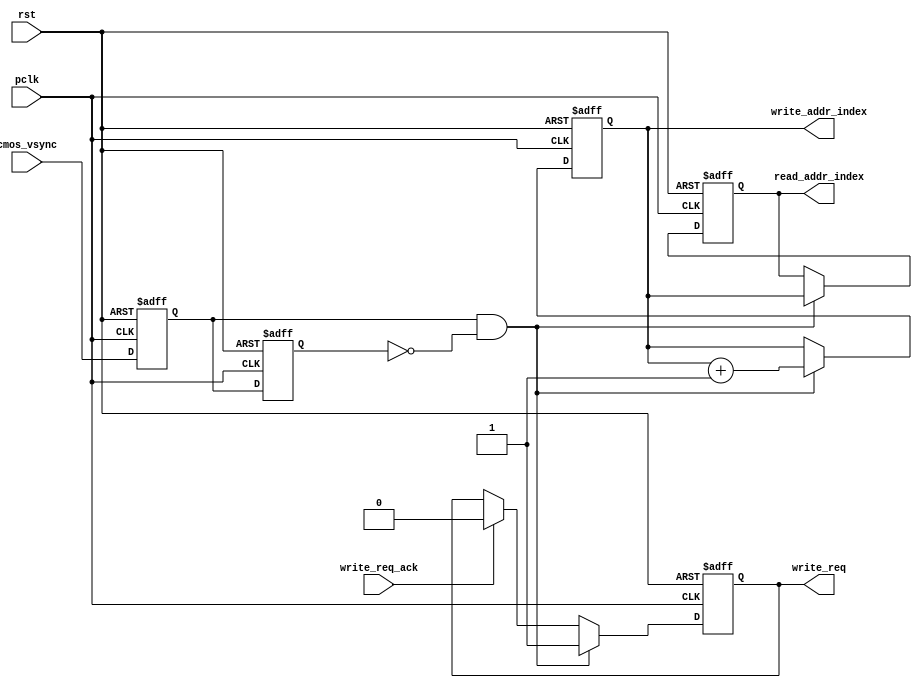
//////////////////////////////////////////////////////////////////////////////////
//                                                                              //
//                                                                              //
//          msq@qq.com                                                          //
//          ALINX(shanghai) Technology Co.,Ltd                                  //
//          heijin                                                              //
//     WEB: http://www.alinx.cn/                                                //
//     BBS: http://www.heijin.org/                                              //
//                                                                              //
//////////////////////////////////////////////////////////////////////////////////
//                                                                              //
// Copyright (c) 2017,ALINX(shanghai) Technology Co.,Ltd                        //
//                    All rights reserved                                       //
//                                                                              //
// This source file may be used and distributed without restriction provided    //
// that this copyright statement is not removed from the file and that any      //
// derivative work contains the original copyright notice and the associated    //
// disclaimer.                                                                  //
//                                                                              //
//////////////////////////////////////////////////////////////////////////////////

//================================================================================
//  Revision History:
//  Date          By            Revision    Change Description
//--------------------------------------------------------------------------------
//  2017/7/19     meisq          1.0         Original
//*******************************************************************************/

module cmos_write_req_gen(
	input              rst,
	input              pclk,
	input              cmos_vsync,
	output reg         write_req,
	output reg[1:0]    write_addr_index,
	output reg[1:0]    read_addr_index,
	input              write_req_ack
);
reg cmos_vsync_d0;
reg cmos_vsync_d1;
always@(posedge pclk or posedge rst)
begin
	if(rst == 1'b1)
	begin
		cmos_vsync_d0 <= 1'b0;
		cmos_vsync_d1 <= 1'b0;
	end
	else
	begin
		cmos_vsync_d0 <= cmos_vsync;
		cmos_vsync_d1 <= cmos_vsync_d0;
	end
end
always@(posedge pclk or posedge rst)
begin
	if(rst == 1'b1)
		write_req <= 1'b0;
	else if(cmos_vsync_d0 == 1'b1 && cmos_vsync_d1 == 1'b0)
		write_req <= 1'b1;
	else if(write_req_ack == 1'b1)
		write_req <= 1'b0;
end
always@(posedge pclk or posedge rst)
begin
	if(rst == 1'b1)
		write_addr_index <= 2'b0;
	else if(cmos_vsync_d0 == 1'b1 && cmos_vsync_d1 == 1'b0)
		write_addr_index <= write_addr_index + 2'd1;
end

always@(posedge pclk or posedge rst)
begin
	if(rst == 1'b1)
		read_addr_index <= 2'b0;
	else if(cmos_vsync_d0 == 1'b1 && cmos_vsync_d1 == 1'b0)
		read_addr_index <= write_addr_index;
end
endmodule